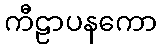
ကီဠာပနကော